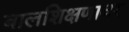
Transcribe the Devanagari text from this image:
बालशिक्षणावर